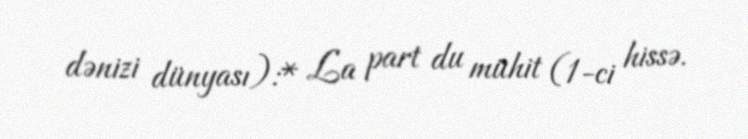
dənizi dünyası):* La part du mühit (1-ci hissə.